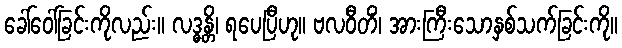
ခေါ်ဝေါ်ခြင်းကိုလည်း။ လဒ္ဓန္တိ၊ ရပေပြီဟု။ ဗလဝီတိံ၊ အားကြီးသောနှစ်သက်ခြင်းကို။